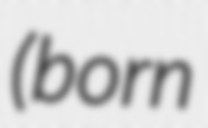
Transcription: (born